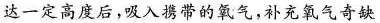
达一定高度后，吸入携带的氧气，补充氧气奇缺